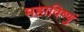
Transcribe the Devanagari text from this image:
महाविष्णुं